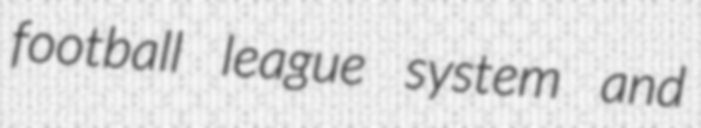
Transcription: football league system and